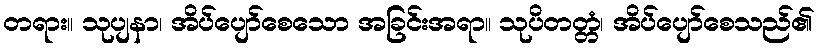
တရား။ သုပျနာ၊ အိပ်ပျော်စေသော အခြင်းအရာ။ သုပိတတ္တံ၊ အိပ်ပျော်စေသည်၏